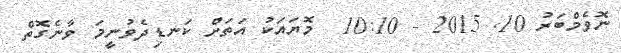
ނޮވެމްބަރު 10